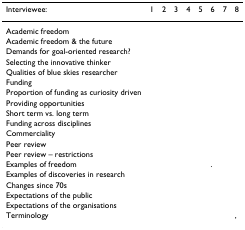
<table><thead><tr><td><b>Interviewee:</b></td><td><b>1</b></td><td><b>2</b></td><td><b>3</b></td><td><b>4</b></td><td><b>5</b></td><td><b>6</b></td><td><b>7</b></td><td><b>8</b></td></tr></thead><tbody><tr><td>Academic freedom</td><td></td><td></td><td></td><td></td><td></td><td></td><td></td><td></td></tr><tr><td>Academic freedom &amp; the future</td><td></td><td></td><td></td><td></td><td></td><td></td><td></td><td></td></tr><tr><td>Demands for goal-oriented research?</td><td></td><td></td><td></td><td></td><td></td><td></td><td></td><td></td></tr><tr><td>Selecting the innovative thinker</td><td></td><td></td><td></td><td></td><td></td><td></td><td></td><td></td></tr><tr><td>Qualities of blue skies researcher</td><td></td><td></td><td></td><td></td><td></td><td></td><td></td><td></td></tr><tr><td>Funding</td><td></td><td></td><td></td><td></td><td></td><td></td><td></td><td></td></tr><tr><td>Proportion of funding as curiosity driven</td><td></td><td></td><td></td><td></td><td></td><td></td><td></td><td></td></tr><tr><td>Providing opportunities</td><td></td><td></td><td></td><td></td><td></td><td></td><td></td><td></td></tr><tr><td>Short term vs. long term</td><td></td><td></td><td></td><td></td><td></td><td></td><td></td><td></td></tr><tr><td>Funding across disciplines</td><td></td><td></td><td></td><td></td><td></td><td></td><td></td><td></td></tr><tr><td>Commerciality</td><td></td><td></td><td></td><td></td><td></td><td></td><td></td><td></td></tr><tr><td>Peer review</td><td></td><td></td><td></td><td></td><td></td><td></td><td></td><td></td></tr><tr><td>Peer review – restrictions</td><td></td><td></td><td></td><td></td><td></td><td></td><td></td><td></td></tr><tr><td>Examples of freedom</td><td></td><td></td><td></td><td></td><td></td><td>.</td><td></td><td></td></tr><tr><td>Examples of discoveries in research</td><td></td><td></td><td></td><td></td><td></td><td></td><td></td><td></td></tr><tr><td>Changes since 70s</td><td></td><td></td><td></td><td></td><td></td><td></td><td></td><td></td></tr><tr><td>Expectations of the public</td><td></td><td></td><td></td><td></td><td></td><td></td><td></td><td></td></tr><tr><td>Expectations of the organisations</td><td></td><td></td><td></td><td></td><td></td><td></td><td></td><td></td></tr><tr><td>Terminology</td><td></td><td></td><td></td><td></td><td></td><td></td><td></td><td>,</td></tr></tbody></table>